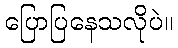
ပြောပြနေသလိုပဲ။